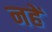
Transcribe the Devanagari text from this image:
नहें